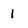
Character: 1